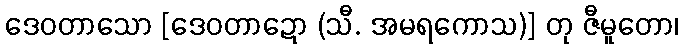
ဒေဝတာသော [ဒေဝတာဍော (သီ. အမရကောသ)] တု ဇီမူတော၊